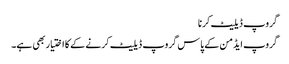
گروپ ڈیلیٹ کرنا
گروپ ایڈمن کے پاس گروپ ڈیلیٹ کرنے کے کا اختیار بھی ہے۔